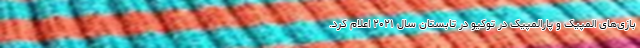
بازی‌های المپیک و پارالمپیک در توکیو در تابستان سال ۲۰۲۱ اعلام کرد.